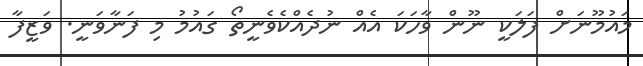
މައުމޫނަށް ފަލަކީ ނޫން ވާހަކަ އެއް ނުދެއްކެވެނީތޯ ގައުމު މި ފަނާވަނީ. ވަޒީފާ